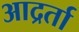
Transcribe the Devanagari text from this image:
आद्रर्ता